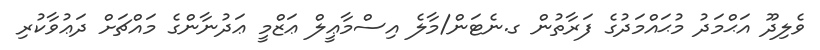
ވެލިދޫ އަޙްމަދު މުޙައްމަދުގެ ފަރާތުން ގ.ނެޓަން/މާލެ އިސްމާޢީލް ޢަޒްމީ ޢަދުނާންގެ މައްޗަށް ދަޢުވާކުރި